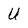
Character: U